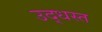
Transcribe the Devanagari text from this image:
उद्‌धस्त